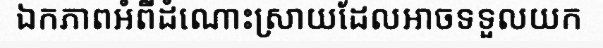
ឯកភាពអំពីដំណោះស្រាយដែលអាចទទួលយក